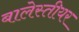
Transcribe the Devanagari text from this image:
बालेस्तीयर